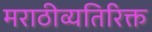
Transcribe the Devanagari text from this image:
मराठीव्यतिरिक्त